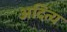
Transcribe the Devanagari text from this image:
अदित्य